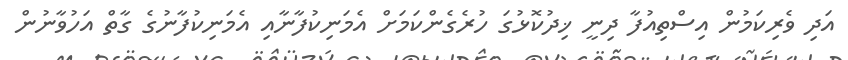
އަދި ވެރިކަމުން އިސްތިއުފާ ދިނީ ޚިދުކޮޅުގަ ހުރެގެންކަމަށް އެމަނިކުފާނާއި އެމަނިކުފާނުގެ ގާތް އަހުވާނުން